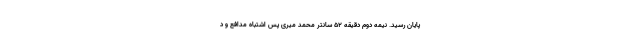
پایان رسید. نیمه دوم دقیقه ۵۲ سانتر محمد میری پس اشتباه مدافع و د